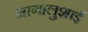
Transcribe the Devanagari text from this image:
नागालुशाई